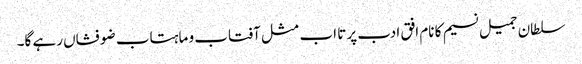
سلطان جمیل نسیم کا نام افق ادب پر تا اب مثل آفتاب و ماہتاب ضو فشاں رہے گا۔